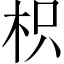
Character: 枳